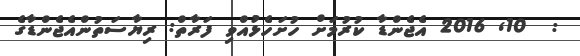
:  10